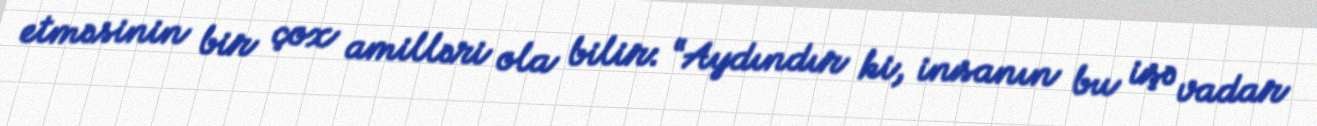
etməsinin bir çox amilləri ola bilir: “Aydındır ki, insanın bu işə vadar